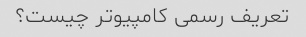
تعریف رسمی کامپیوتر چیست؟